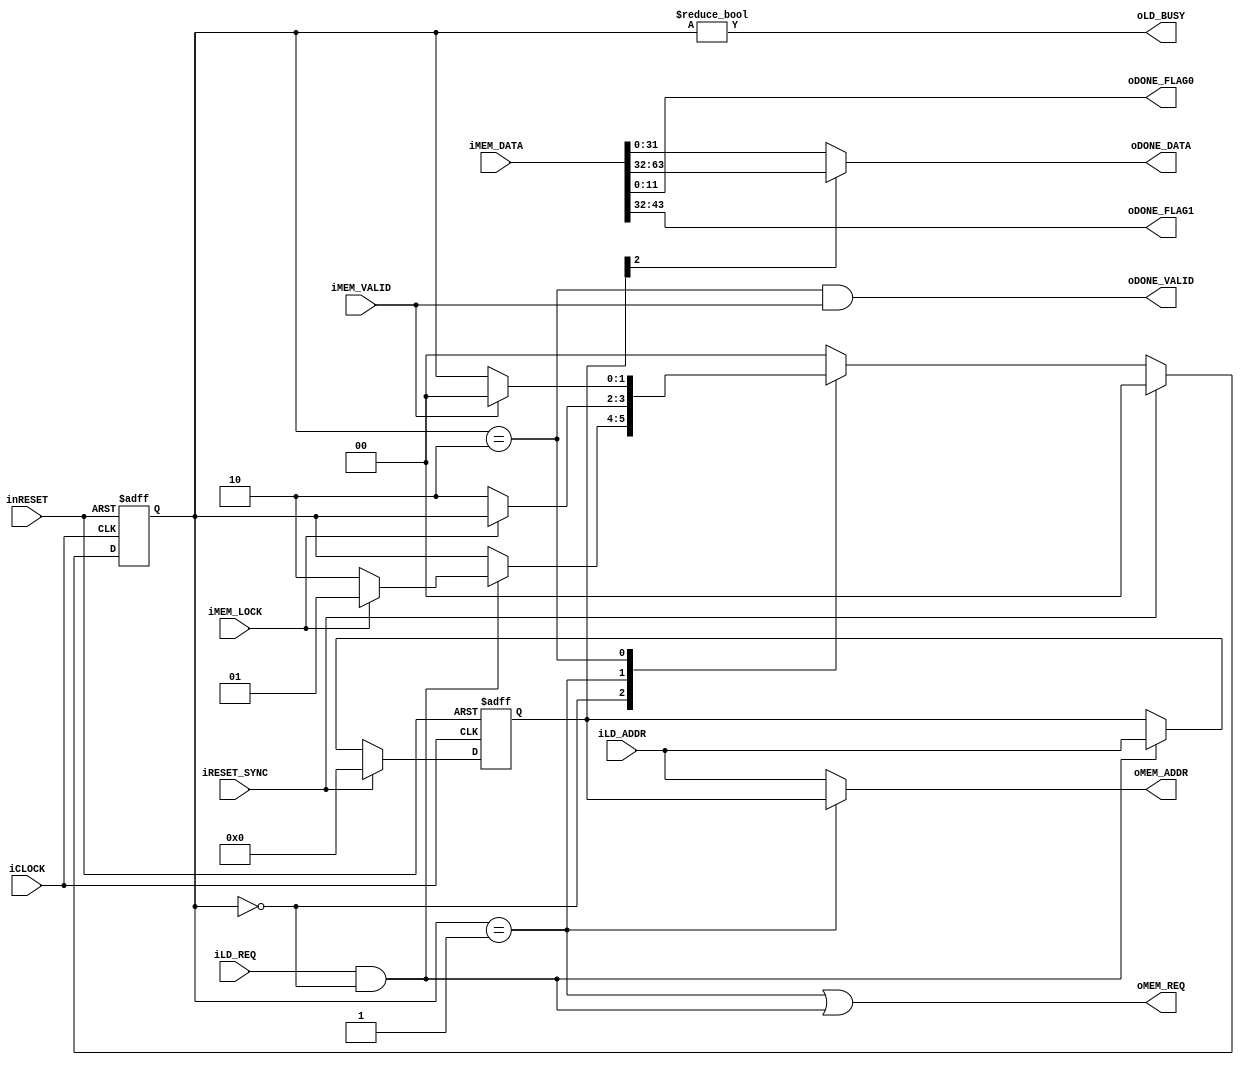
module mmu_table_load(
		input wire iCLOCK,
		input wire inRESET,
		input wire iRESET_SYNC,
		input wire iLD_REQ,
		input wire [31:0] iLD_ADDR,
		output wire oLD_BUSY,
		output wire oMEM_REQ,
		input wire iMEM_LOCK,
		output wire [31:0] oMEM_ADDR,
		input wire iMEM_VALID,
		input wire [63:0] iMEM_DATA,
		output wire oDONE_VALID,
		output wire [31:0] oDONE_DATA,
		output wire [11:0] oDONE_FLAG0,
		output wire [11:0] oDONE_FLAG1
	);
	reg [1:0] b_main_state;
	reg [31:0] b_req_addr;
	localparam PL_MAIN_STT_IDLE = 2'h0;
	localparam PL_MAIN_STT_REQ = 2'h1;
	localparam PL_MAIN_STT_WAITING = 2'h2;
	wire latch_condition = iLD_REQ && (b_main_state == PL_MAIN_STT_IDLE);
	always@(posedge iCLOCK or negedge inRESET)begin
		if(!inRESET)begin
			b_req_addr <= 32'h0;
		end
		else if(iRESET_SYNC)begin
			b_req_addr <= 32'h0;
		end
		else begin
			if(latch_condition)begin
				b_req_addr <= iLD_ADDR;
			end
		end
	end
	always@(posedge iCLOCK or negedge inRESET)begin
		if(!inRESET)begin
			b_main_state <= PL_MAIN_STT_IDLE;
		end
		else if(iRESET_SYNC)begin
			b_main_state <= PL_MAIN_STT_IDLE;
		end
		else begin
			case(b_main_state)
				PL_MAIN_STT_IDLE:
					begin
						if(latch_condition)begin
							if(iMEM_LOCK)begin
								b_main_state <= PL_MAIN_STT_REQ;
							end
							else begin
								b_main_state <= PL_MAIN_STT_WAITING;
							end
						end
					end
				PL_MAIN_STT_REQ:
					begin
						if(!iMEM_LOCK)begin
							b_main_state <= PL_MAIN_STT_WAITING;
						end
					end
				PL_MAIN_STT_WAITING:
					begin
						if(iMEM_VALID)begin
							b_main_state <= PL_MAIN_STT_IDLE;
						end
					end
				default:
					begin
						b_main_state <= PL_MAIN_STT_IDLE;
					end
			endcase
		end
	end
	assign oLD_BUSY = (b_main_state != PL_MAIN_STT_IDLE);
	assign oMEM_REQ = (b_main_state == PL_MAIN_STT_REQ) || latch_condition;
	assign oMEM_ADDR = (b_main_state == PL_MAIN_STT_REQ)? b_req_addr : iLD_ADDR;
	assign oDONE_VALID = (b_main_state == PL_MAIN_STT_WAITING) && iMEM_VALID;
	assign oDONE_DATA = (b_req_addr[2])? iMEM_DATA[63:32] : iMEM_DATA[31:0];
	assign oDONE_FLAG0 = iMEM_DATA[11:0];
	assign oDONE_FLAG1 = iMEM_DATA[43:32];
endmodule